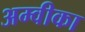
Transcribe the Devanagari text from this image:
अम्वीका